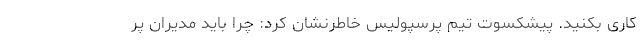
کاری بکنید. پیشکسوت تیم پرسپولیس خاطرنشان کرد: چرا باید مدیران پر